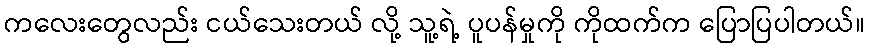
ကလေးတွေလည်း ငယ်သေးတယ် လို့ သူ့ရဲ့ ပူပန်မှုကို ကိုထက်က ပြောပြပါတယ်။